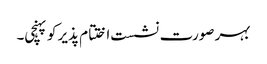
بہر صورت نشست اختتام پذیر کو پہنچی۔